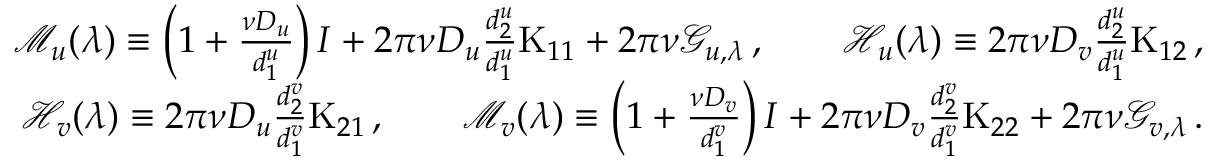
\begin{array} { r l r } & { } & { { \mathcal M } _ { u } ( \lambda ) \equiv \left( 1 + \frac { \nu D _ { u } } { d _ { 1 } ^ { u } } \right) I + 2 \pi \nu D _ { u } \frac { d _ { 2 } ^ { u } } { d _ { 1 } ^ { u } } \mathrm { K } _ { 1 1 } + 2 \pi \nu \mathcal { G } _ { u , \lambda } \, , \qquad { \mathcal H } _ { u } ( \lambda ) \equiv 2 \pi \nu D _ { v } \frac { d _ { 2 } ^ { u } } { d _ { 1 } ^ { u } } \mathrm { K } _ { 1 2 } \, , } \\ & { } & { { \mathcal H } _ { v } ( \lambda ) \equiv 2 \pi \nu D _ { u } \frac { d _ { 2 } ^ { v } } { d _ { 1 } ^ { v } } \mathrm { K } _ { 2 1 } \, , \qquad { \mathcal M } _ { v } ( \lambda ) \equiv \left( 1 + \frac { \nu D _ { v } } { d _ { 1 } ^ { v } } \right) I + 2 \pi \nu D _ { v } \frac { d _ { 2 } ^ { v } } { d _ { 1 } ^ { v } } \mathrm { K } _ { 2 2 } + 2 \pi \nu \mathcal { G } _ { v , \lambda } \, . } \end{array}